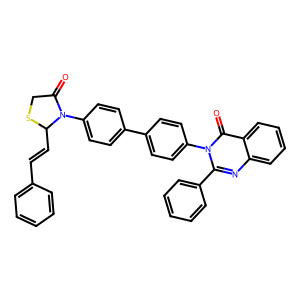
SMILES: O=C1CSC(C=Cc2ccccc2)N1c1ccc(-c2ccc(-n3c(-c4ccccc4)nc4ccccc4c3=O)cc2)cc1
Inhibits HIV replication: No